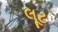
લૂટ